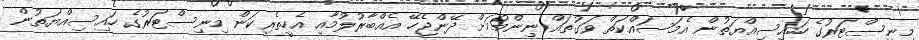
މިނިސްޓަރުގެ ހައިސިއްޔަތުން އެމަސައްކަތް ވަގުތައް ނިންމުމަށް ދޭންޖެހޭ އެއްބާރުލުމާއި އެހީތެރިކަން މިނިސްޓަރުގެ ހައިސިއްޔަތުން